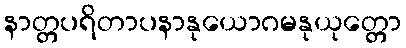
နာတ္တပရိတာပနာနုယောဂမနုယုတ္တော